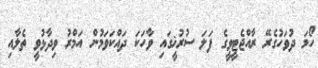
ހޯމަ ދުވަހުގެރޭ ރާއްޖެޓީވީގެ ފަލަ ސުރުޚީގައި ވާހަކަ ދައްކަވަމުން އަމްރު ވިދާޅުވީ ތެލާއި